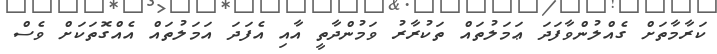
ކަރާމާތަށް ގެއްލުންވާފަދަ ޢަމަލުތައް ތަކުރާރު ވަމުންދާތީ އާއި އެފަދަ އަމަލުތައް އެއްގޮތަކަށް ވެސް